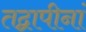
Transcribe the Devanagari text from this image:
तद्वापीनां